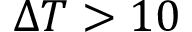
\Delta T > 1 0